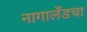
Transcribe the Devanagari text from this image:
नागालँडचा